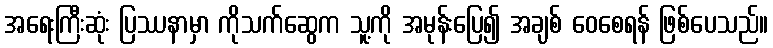
အရေးကြီးဆုံး ပြဿနာမှာ ကိုသက်ဆွေက သူ့ကို အမုန်းပြေ၍ အချစ် ဝေစေရန် ဖြစ်ပေသည်။